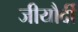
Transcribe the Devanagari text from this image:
जीयौर्दी